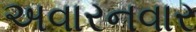
અવારનવાર